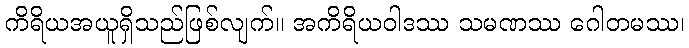
ကိရိယအယူရှိသည်ဖြစ်လျက်။ အကိရိယဝါဒဿ သမဏဿ ဂေါတမဿ၊